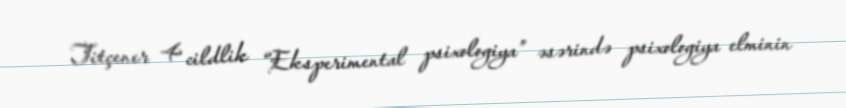
Titçener 4 cildlik “Eksperimental psixologiya” əsərində psixologiya elminin